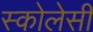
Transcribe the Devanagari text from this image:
स्कोलेसी